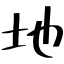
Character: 地